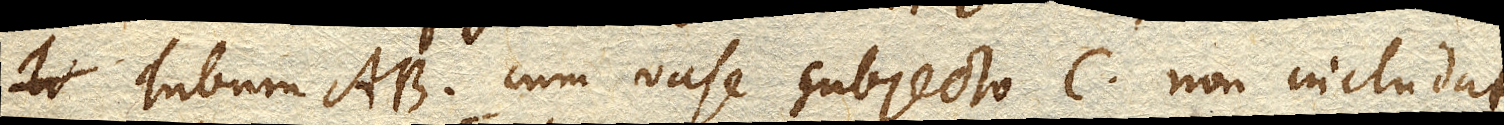
Tubum AB. cum vase subjecto C. non includat,